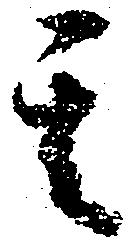
其